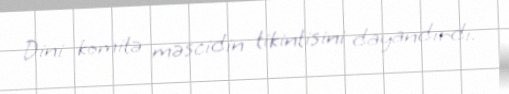
Dini komitə məscidin tikintisini dayandırdı.